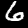
Label: 6